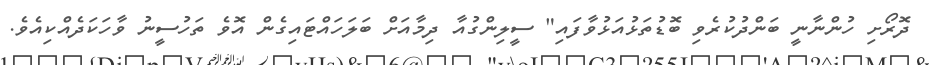
ދޮރޯށި ހުންނާނީ ބަންދުކުރެވި ބޮޑުތަޅުއަޅުވާފައި" ސީލިންގުއާ ދިމާއަށް ބަލަހައްޓައިގެން އޮވެ ތަހުސީނު ވާހަކަދެއްކިއެވެ.